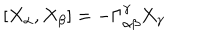
[ X _ { \alpha } , X _ { \beta } ] = - \Gamma _ { \alpha \beta } ^ { \gamma } X _ { \gamma }